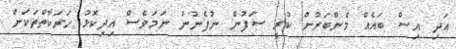
އަދި އިސް ބައެއް މެންބަރުން ކުރީ ސަފުން ނުފެނުނު ނަމަވެސް އިދިކޮޅު ހަރަކާތްތަކަށް